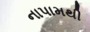
નાપામથી